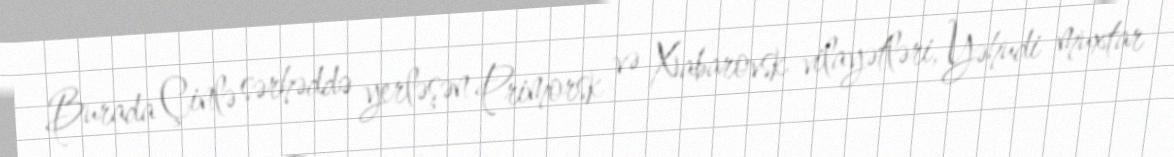
Burada Çinlə sərhəddə yerləşən Primorsk və Xabarovsk vilayətləri, Yəhudi muxtar